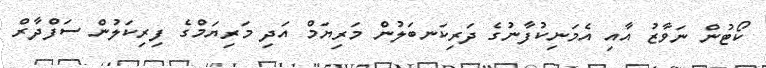
ކޯޓުން ނަވާޒު އާއި އެމަނިކުފާނުގެ ދަރިކަނބަލުން މަރިޔަމް އަދި މަރިޔަމްގެ ފިރިކަލުން ސަފްދާރް